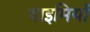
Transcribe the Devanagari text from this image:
दाइमियों